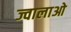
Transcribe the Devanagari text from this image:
ज्वालाओ